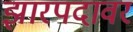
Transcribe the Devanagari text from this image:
झारपदावर